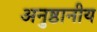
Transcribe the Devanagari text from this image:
अनुष्ठानीय